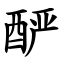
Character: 酽